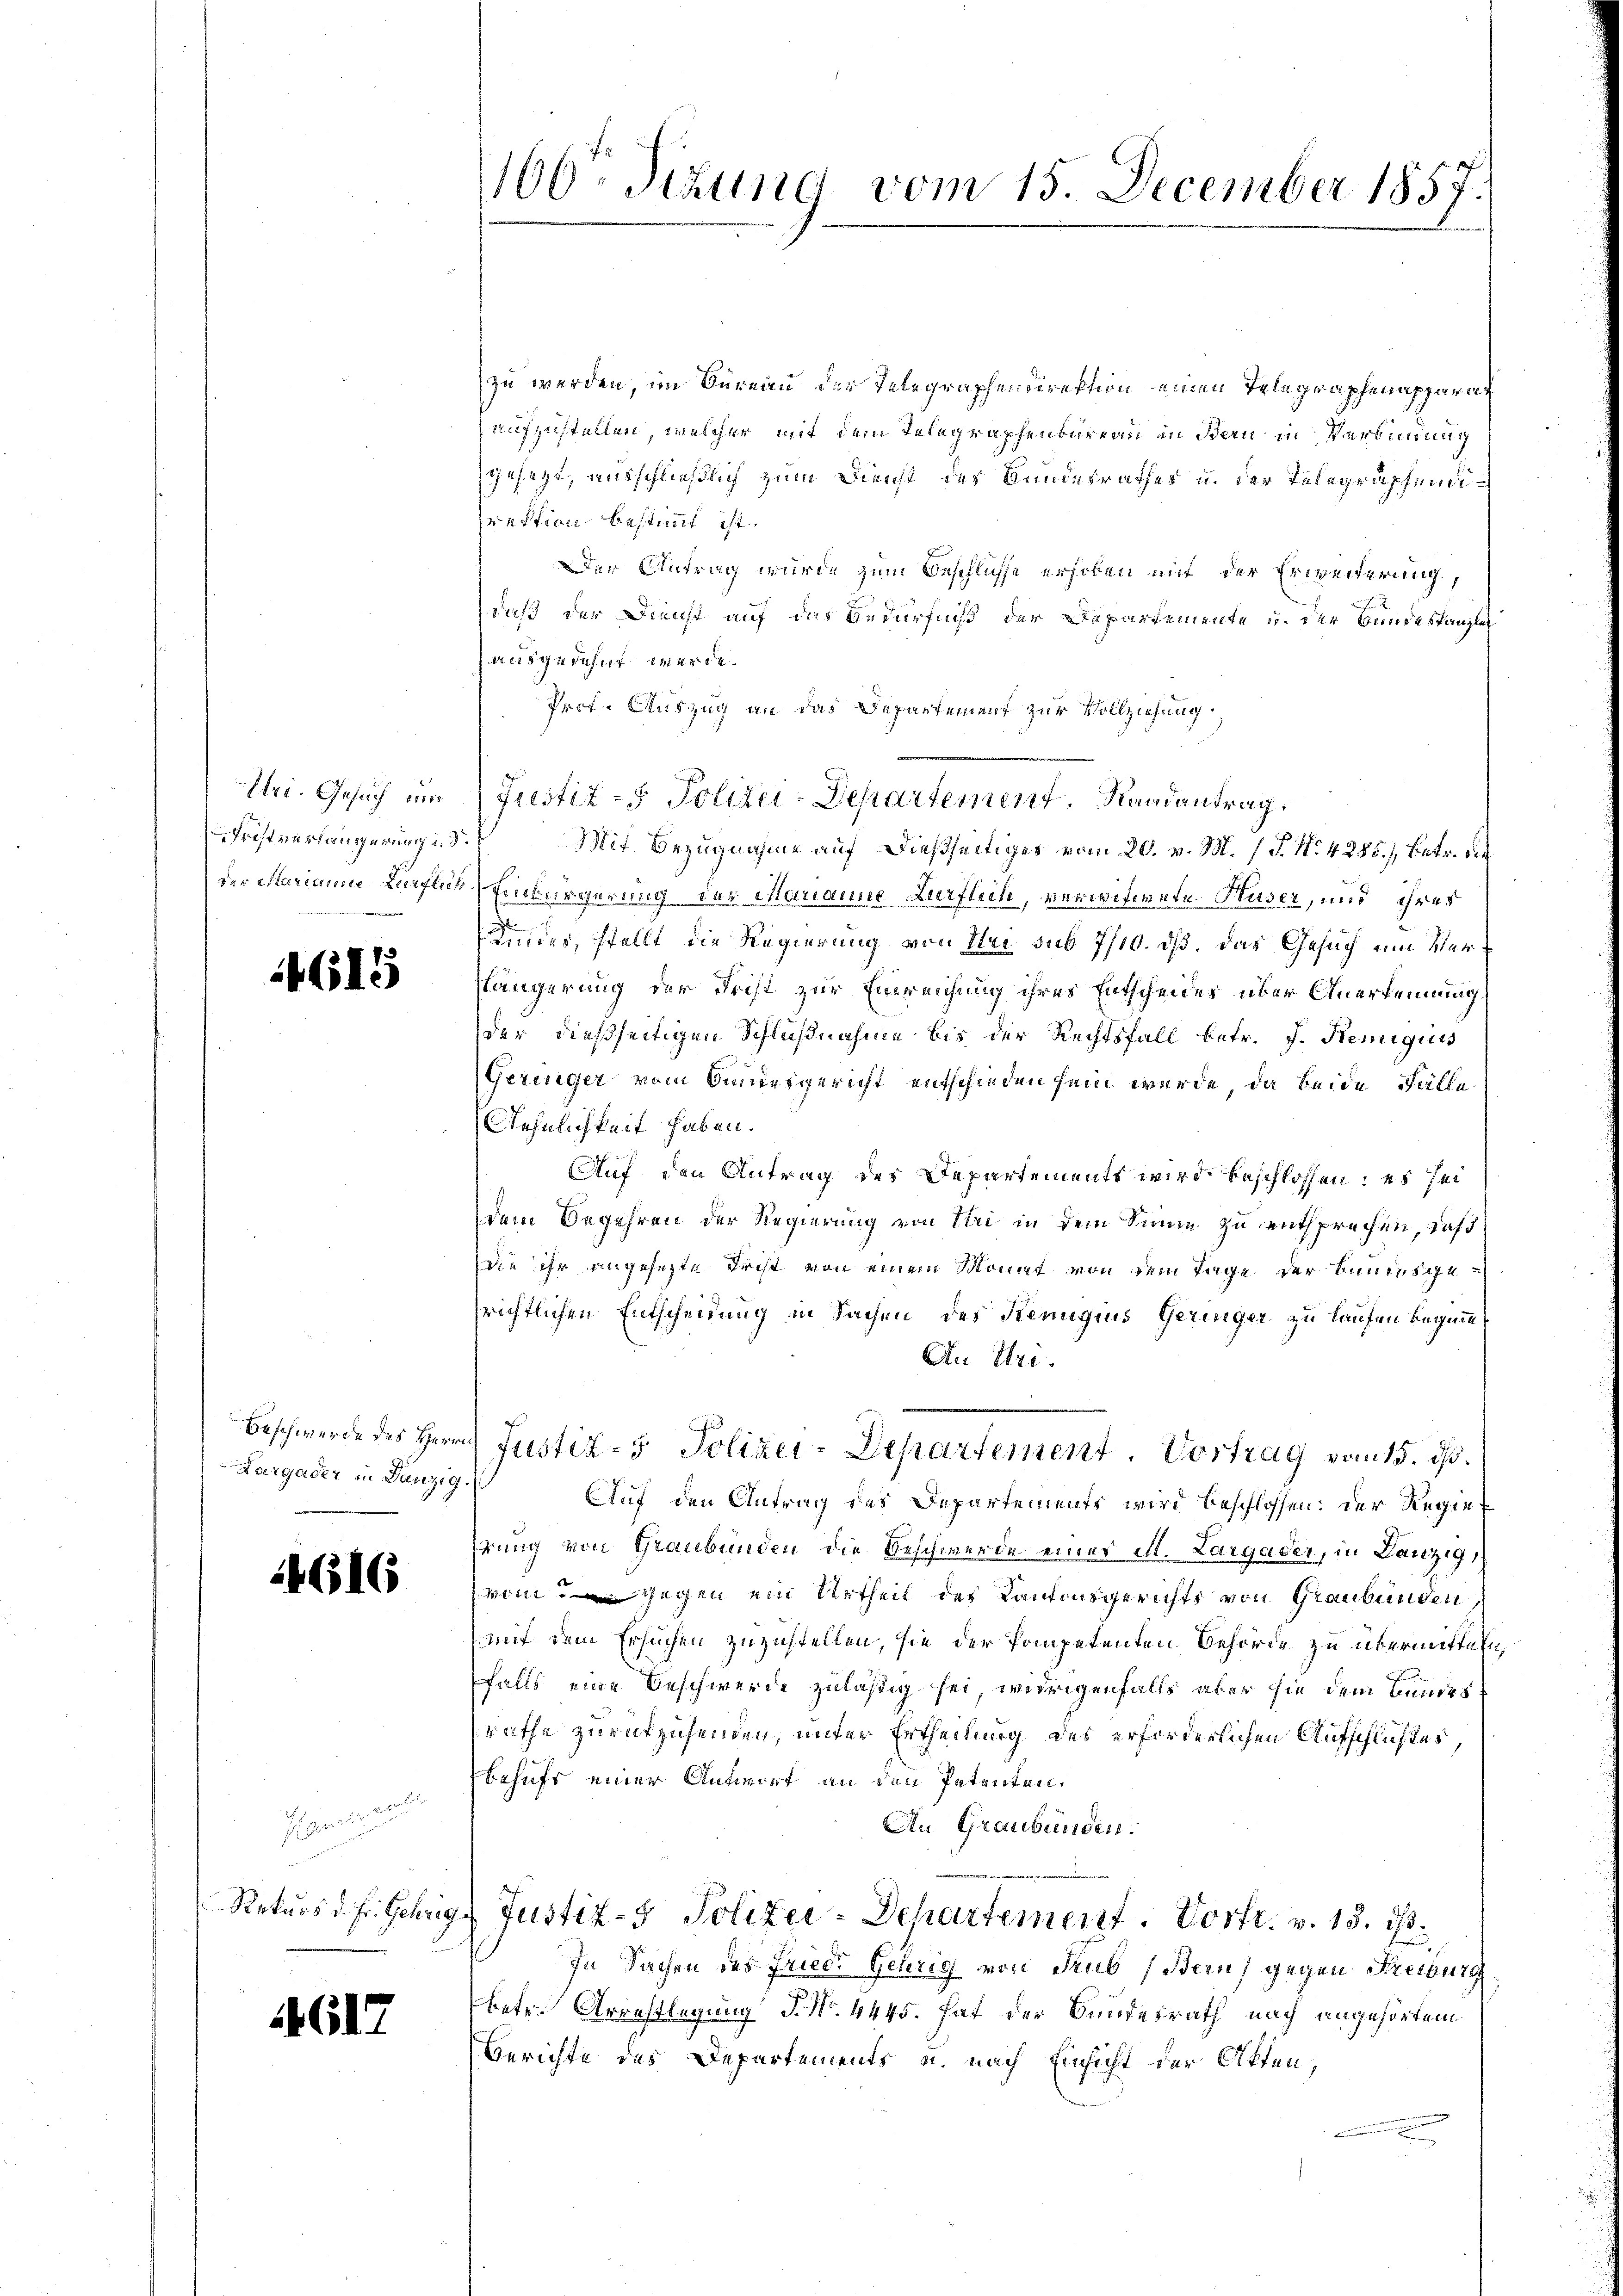
Iri. Gesuch und
Fristverlängerung i. d.

4615

Largader in Danzig

14616

Plänen ges
Rekurs d. Fr. Gehrig

4617

160 Sizung vom 15. December 1857.

zu werden, im Bureau der Telegraphendirektion einen Telegraphenapparat
aufzustellen, welcher mit dem Telegraphenbureau in Bern in Verbindung
gesetzt, ausschließlich zum Dienst des Bundesrathes u. der Telegraphendirektion bestimmt ist.
Der Antrag wurde zum Beschlüsse erhoben mit der Erweiterung,
daß der Dienst auf das Bedürfniß der Departemente u. der Bundeskanzlei
ausgedehnt werde.
Prof. Auszug an das Departement zur Vollziehung.
Mit Bezugnahme auf dießseitiger vom 20. v. M. / P. Nr. 4285), betr. die
der Marianm Lieflich Einbürgerung der Marianne Zurflich, verwitwete Huser, und ihres
Kindes, stellt die Regierung von Uri sub 7/10. ds. das Gesuch um Marslängerung der Frist zur Einreichung ihres Entscheider über Anerkennung
der dießseitigen Schlußnahme bis der Rechtsfall betr. J. Remigiis
Geringer vom Bundesgericht entschieden sein würde, da beide Fälle
Wehnlichkeit haben.
Auf den Antrag des Departements wird beschlossen; es sei
dem Begehren der Regierung von Uri in dem Sinne zu entsprechen, daß
die ihr angesezte Frist von einem Monat von dem Tage der Bundesgesrichtlichen Entscheidung in Sachen des Kemigius Geringer zu laufen beginnt
An Uri.
Beschwerde des Herrn Justiz- & Polizei-Departement. Vortrag vom 15. dß.
Auf den Antrag des Departements wird beschlossen: der Regiehrung von Graubünden die Beschwerde eines M. Largader, in Danzig,
vom Gegen ein Urtheil des Kantonsgerichts von Graubünden,
mit dem Ersuchen zuzustellen, sie der Pompetenten Behörde zu übermitteln
falls eine Beschwerde zuläßig sei, widrigenfalls aber sie dem Bundesrathe zurückzusenden, unter Ertheilung des erforderlichen Aufschlußes,
behufs einer Antwort an den Petenten.
An Graubünden.
2. Justiz- & Polizei-Departement. Vortr. v. 15. ist.
In Sachen des Frieder Gehrig von deus (Bern) gegen Freiburg
betr. Arrestlegung P. Nr. 4445. hat der Bundesrath nach angehörtem
Berichte des Departements u. nach Einsicht der Akten,

u

Justiz - Polizei-Departement. Randantrag.